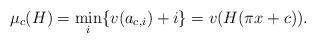
LaTeX: \begin{align*} \mu_c(H)=\min_i \{ v(a_{c,i})+i \} =v(H(\pi x+c)). \end{align*}